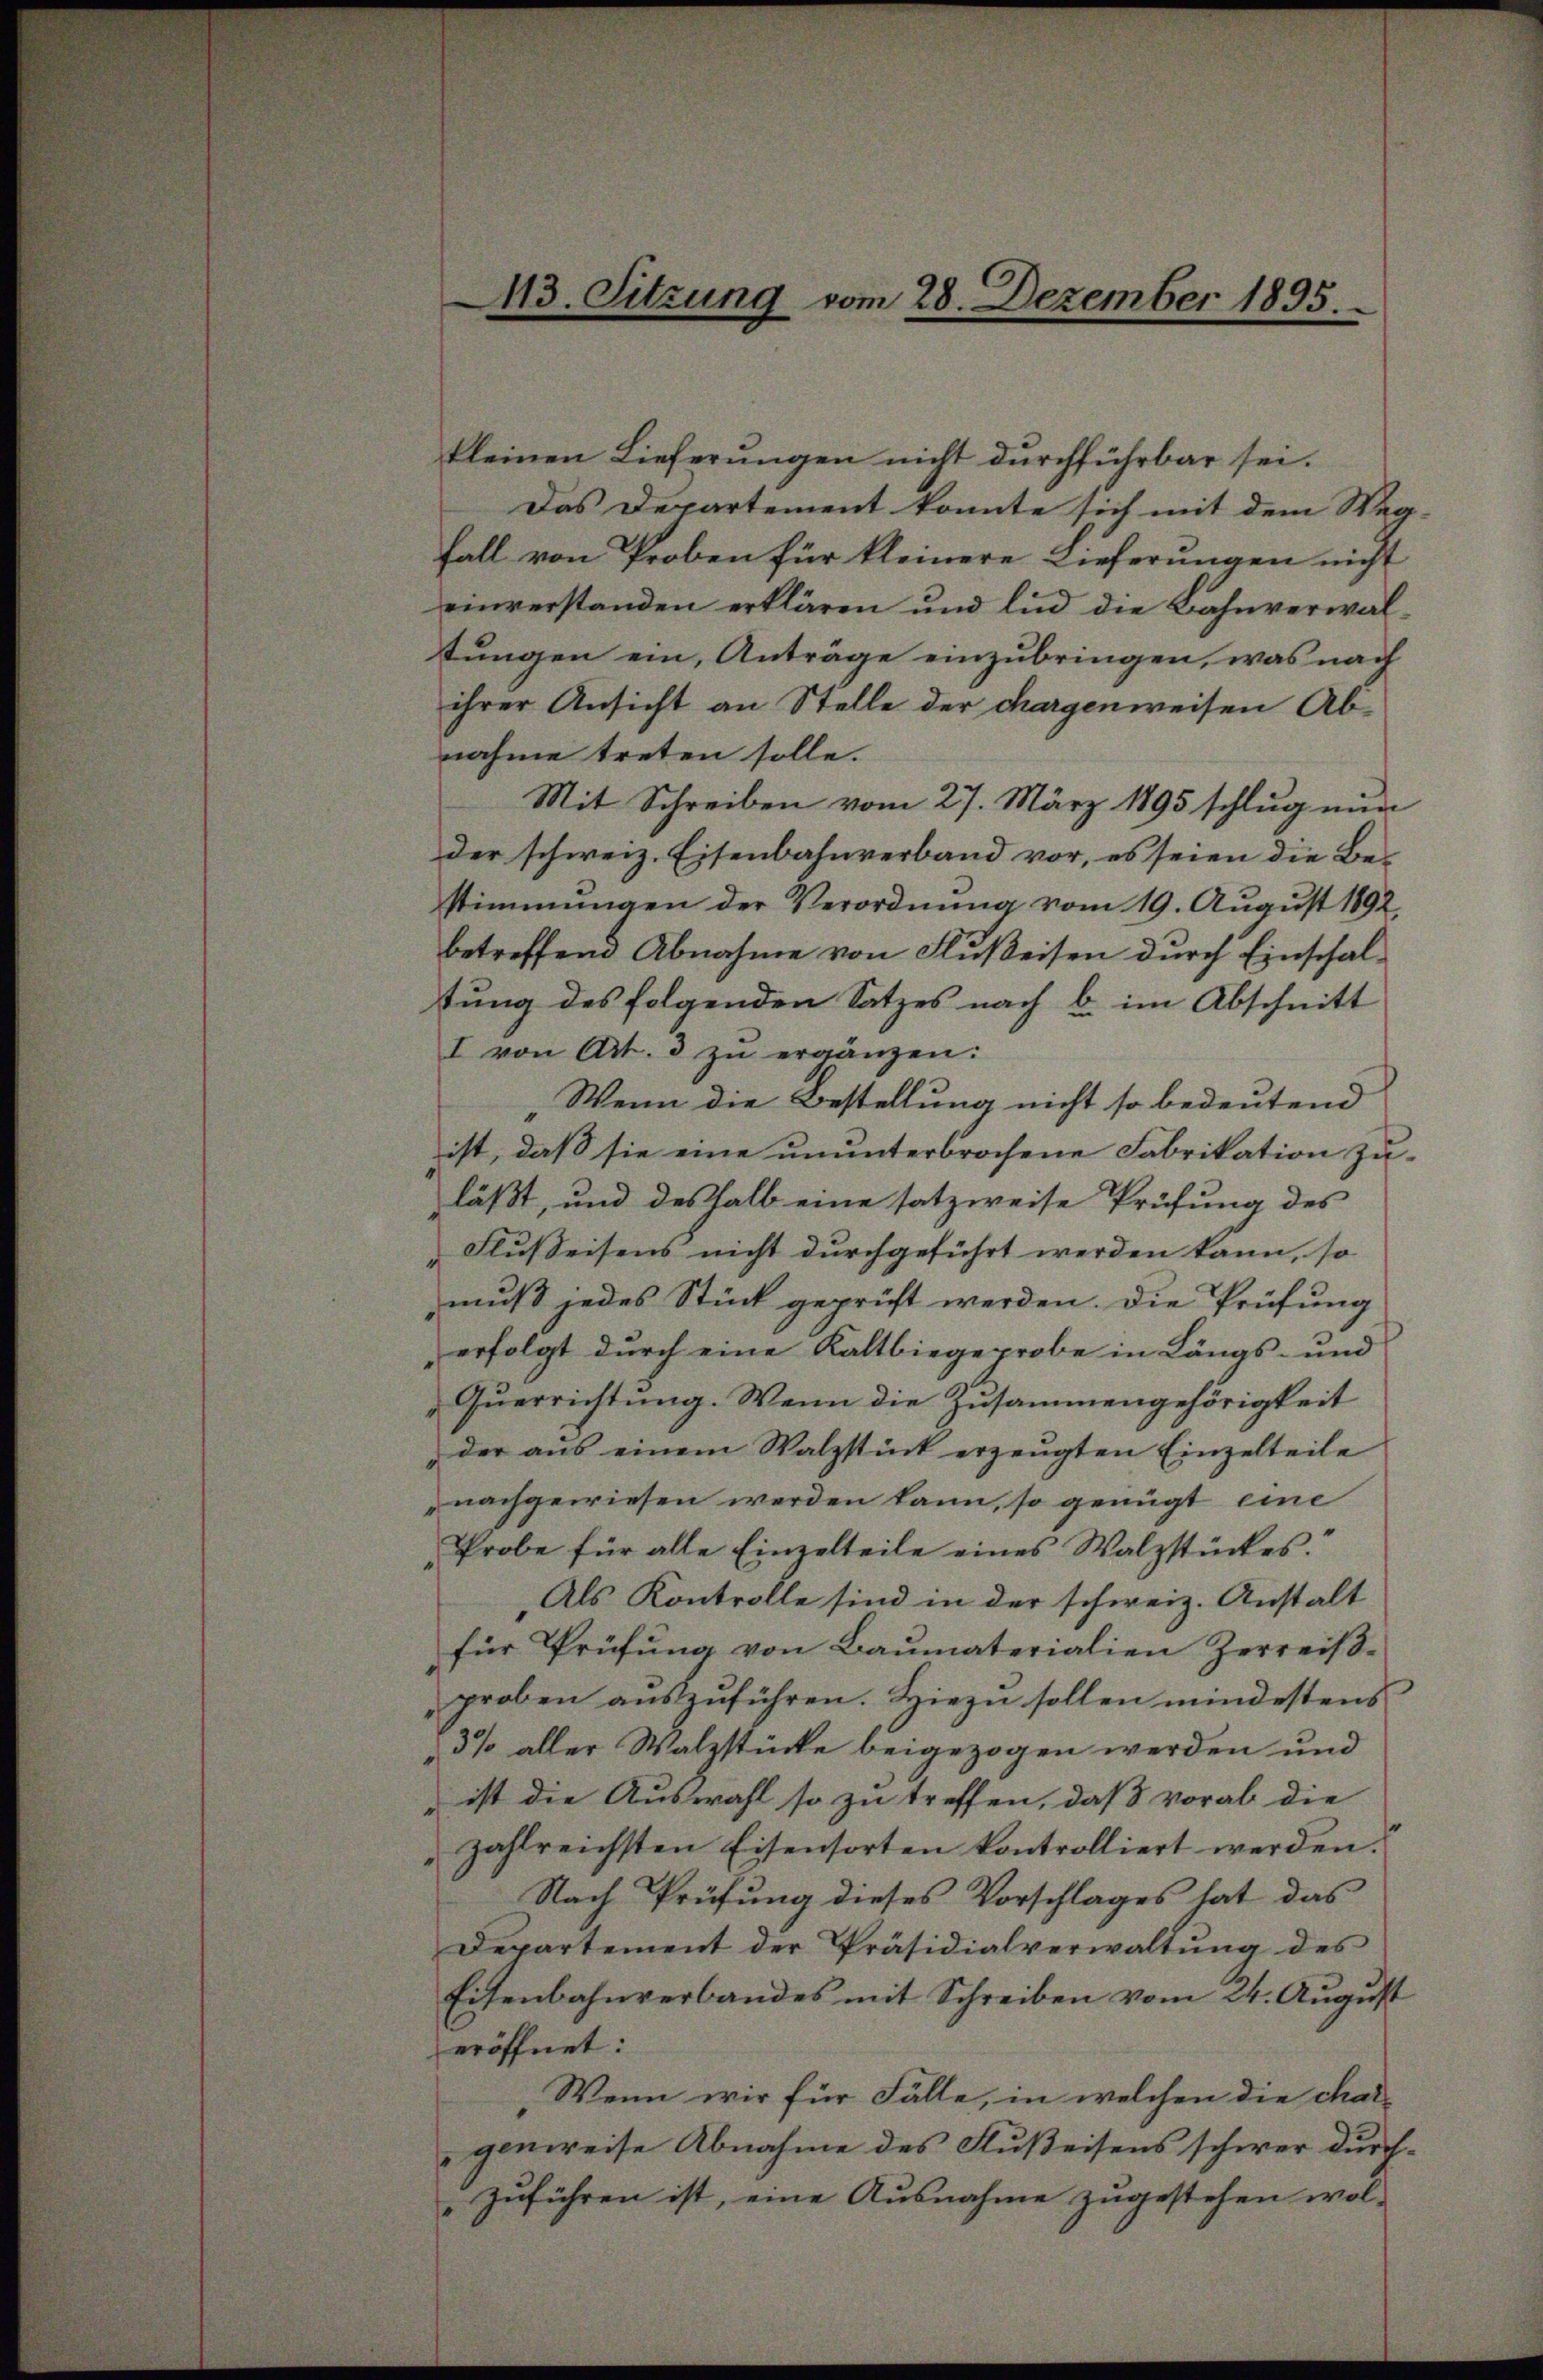
413. Sitzung vom 28. Dezember 1895.

kleinen Lieferungen nicht durchführbar sei.
Das Departement konnte sich mit dem Weg-
fall von Proben für kleinere Lieferungen nicht
einverstanden erklären und lind die Bahnverwaltungen ein, Anträge einzubringen, was nach
ihrer Ansicht an Stelle der chargenweisen Abnahme treten solle.
Mit Schreiben vom 27. März 1895 schlug nun
der schweiz. Eisenbahnverband vor, es seien die Be-
stimmungen der Verordnŭng vom 19. Aŭgŭst 1892,
betreffend Abnahme von Flußeisen durch Einschaltung des folgenden Satzes nach 6 im Abschnitt
I von Art. 3 zu ergänzen:
Wenn die Bestellung nicht so bedeutend
ist, daß sie eine ununterbrochene Fabrikation zu-
läßt, und deshalb eine satzweise Prüfung des
Flusseisens nicht durchgeführt werden kann, so
muß jedes Stück geprüft werden. Die Prüfung
erfolgt durch eine Kaltbiege probe in Längs- und
Querrichtung. Wenn die Zusammengehörigkeit
der aus einem Walzstück erzeugten Einzelteile
nachgewiesen werden kann, so genügt eine
Probe für alle Einzelteile eines Walzstückes.
Als Kontrolle sind in der schweiz. Anstalt
für Prüfŭng von Baŭmaterialien Zerreiβ-
proben aŭszŭführen. Hiezu sollen mindestens
3% aller Walzstücke beigezogen werden und
ist die Auswahl so zu treffen, daß vorab die
zahlreichsten Eisensorten kontrolliert werden.
Nach Prüfung dieses Vorschlages hat das
Departement der Präsidialverwaltung des
Eisenbahnverbandes mit Schreiben vom 24. August
eröffnet:
Wenn wir für Fälle, in welchen die char-
genweise Abnahme des Flußeisens schwer durchzuführen ist, eine Ausnahme zugestehen wol-